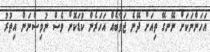
އަހަންނަކަށް ނޭނގޭ ތިއަށް ދޭނެ ޖަވާބެއް އަހަރެން ކުޑަކޮށް ވެސް ނުވިސްނަން އިތުރު